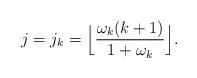
LaTeX: \begin{align*}j = j_k = \Big\lfloor \frac{\omega_k (k+1)}{1+\omega_k} \Big\rfloor.\end{align*}